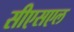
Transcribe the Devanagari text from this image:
सीएसएल